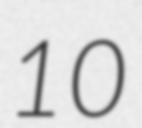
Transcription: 10